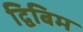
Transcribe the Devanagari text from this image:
द्विबिम